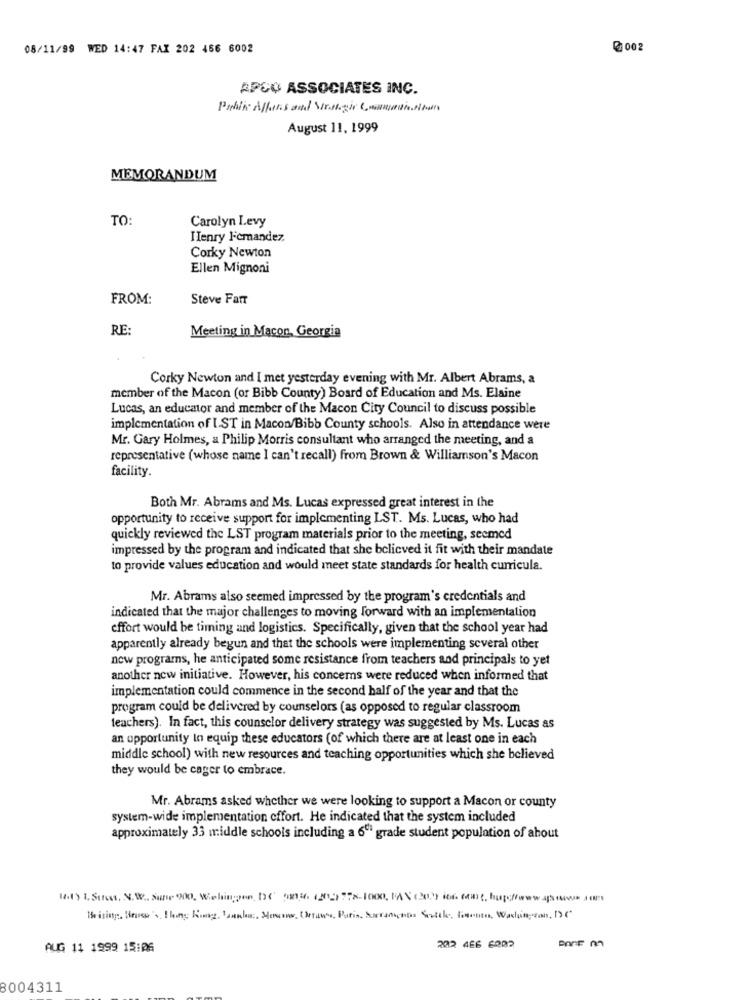
08/11/99 WED 14:47 FAX 202 456 6002
@002
APCO ASSOCIATES INC.
Pakik Alfons and Strategic Commandation
August 11. 1999
MEMORANDUM
TO:
Carolyn Levy
IIenry licmandez.
Corky Newton
Ellen Mignoni
FROM:
Steve Farr
RE
Meeting in Macon, Georgia
Corky Newton and I met yesterday evening with Mr. Albert Abrams, a
member of the Macon (or Bibb County) Board of Education and Ms. Elaine
Lucas, an educator and member of the Macon City Council to discuss possible
implementation of IST in Macon/Bibb County schools. Also in attendance were
Mr. Gary Holmes, a Philip Morris consultant who arranged the meeting, and a
representative (whose name I can't recall) from Brown & Williamson's Macon
facility.
Both Mr. Abrams and Ms. Lucas expressed great interest in the
opportunity to receive support for implementing LST. Ms. Lucas, who had
quickly reviewed the LST program materials prior to the meeting, seemed
impressed by the program and indicated that she bclicved it fit with their mandate
to provide values education and would meet state standards for health curricula.
Mr. Abrams also seemed impressed by the program's credentials and
indicated that the major challenges to moving forward with an implementation
effort would be timing and logistics. Specifically, given that the school year had
apparently already begun and that the schools were implementing several other
new programs, he anticipated some resistance from teachers and principals to yet
another new initiative. However, his concerns were reduced when informed that
implementation could commence in the second half of the year and that the
program could be delivered by counselors (as opposed to regular classroom
teachers). In fact, this counselor delivery strategy was suggested by Ms. Lucas as
an opportunity In equip these educators (of which there are at least one in each
middle school) with new resources and teaching opportunities which she believed
they would be cager to embrace.
Mr. Abrams asked whether we were looking to support a Macon or county
system-wide implementation offort. He indicated that the system included
approximately 33 middle schools including a 6º grade student population of about
Beining, Here's Thing Kog banka. Menons, throws, Paris, Saranno Satel, Fuente, Washington, DC
AUG 11 1999 15:06
202 466 6000
8004311